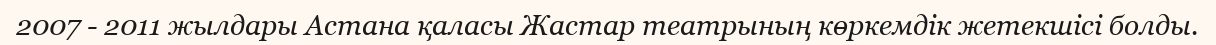
2007 - 2011 жылдары Астана қаласы Жастар театрының көркемдік жетекшісі болды.